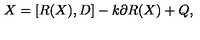
X = [ R ( X ) , D ] - k \partial R ( X ) + Q ,